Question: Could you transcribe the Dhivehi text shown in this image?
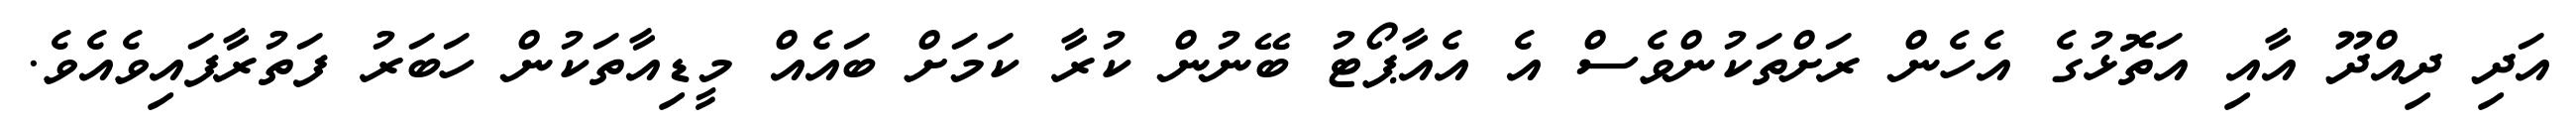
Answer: އަދި ދިއްދޫ އާއި އަތޮޅުގެ އެހެން ރަށްތަކުންވެސް އެ އެއާޕޯޓު ބޭނުން ކުރާ ކަމަށް ބައެއް މީޑިއާތަކުން ހަބަރު ފަތުރާފައިވެއެވެ.